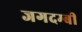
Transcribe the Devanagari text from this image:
जगदम्बी